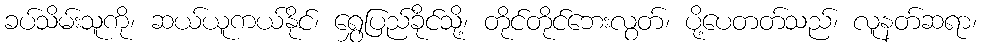
ခပ်သိမ်းသူကို၊ ဆယ်ယူကယ်နိုင်၊ ရွှေပြည်ခိုင်သို့၊ တိုင်တိုင်ဘေးလွတ်၊ ပို့ပေတတ်သည်၊ လူနတ်ဆရာ၊